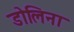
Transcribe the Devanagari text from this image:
डोलिना